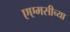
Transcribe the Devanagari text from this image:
एएमसीच्या